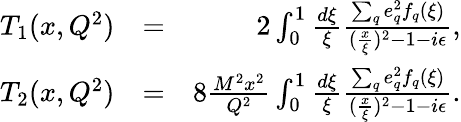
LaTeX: \begin{array}{rlr}{T_{1}(x,Q^{2})}&{=}&{2\int_{0}^{1}\frac{d\xi}{\xi}\frac{\sum_{q}e_{q}^{2}f_{q}(\xi)}{(\frac{x}{\xi})^{2}-1-i\epsilon},}\\ {T_{2}(x,Q^{2})}&{=}&{8\frac{M^{2}x^{2}}{Q^{2}}\int_{0}^{1}\frac{d\xi}{\xi}\frac{\sum_{q}e_{q}^{2}f_{q}(\xi)}{(\frac{x}{\xi})^{2}-1-i\epsilon}.}\end{array}